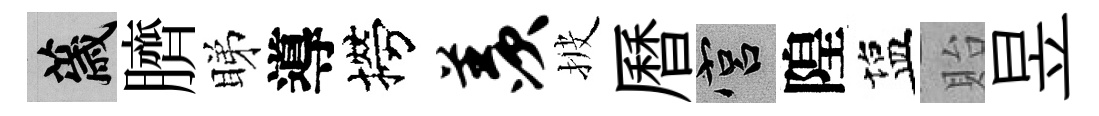
薉臍睇導撈羡披曆宫隍塩貽昱